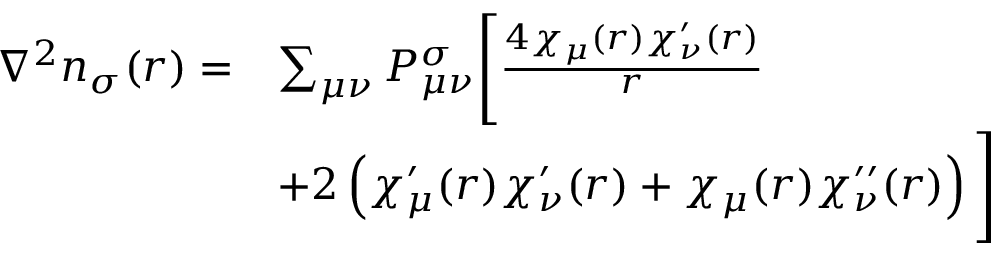
\begin{array} { r l } { \nabla ^ { 2 } n _ { \sigma } ( r ) = } & { \sum _ { \mu \nu } P _ { \mu \nu } ^ { \sigma } \Bigg [ \frac { 4 \chi _ { \mu } ( r ) \chi _ { \nu } ^ { \prime } ( r ) } { r } } \\ & { + 2 \left( \chi _ { \mu } ^ { \prime } ( r ) \chi _ { \nu } ^ { \prime } ( r ) + \chi _ { \mu } ( r ) \chi _ { \nu } ^ { \prime \prime } ( r ) \right) \Bigg ] } \end{array}